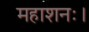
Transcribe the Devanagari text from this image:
महाशनः।